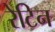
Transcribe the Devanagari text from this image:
रेटिन